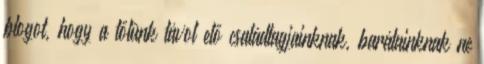
blogot, hogy a tőlünk távol elő családtagjainknak, barátainknak ne